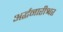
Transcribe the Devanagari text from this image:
अर्द्धनारीश्वर